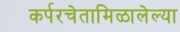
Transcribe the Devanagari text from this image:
कर्परचेतामिळालेल्या